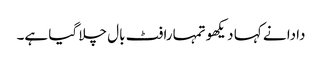
دادا نے کہا دیکھو تمہارا فٹ بال چلا گیا ہے۔